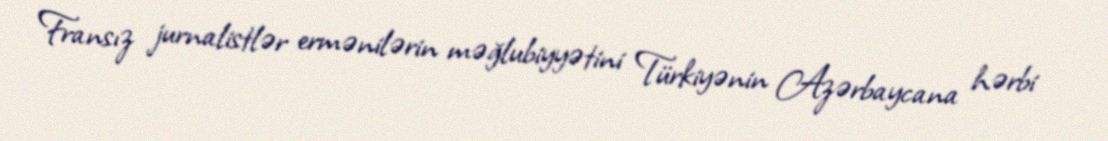
Fransız jurnalistlər ermənilərin məğlubiyyətini Türkiyənin Azərbaycana hərbi